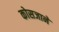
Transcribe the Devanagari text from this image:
कोसजाने